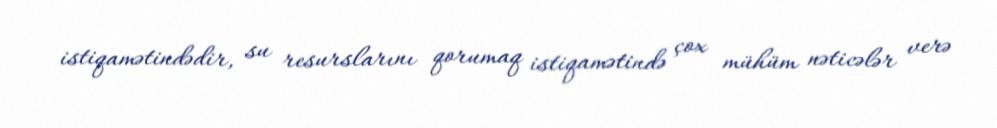
istiqamətindədir, su resurslarını qorumaq istiqamətində çox mühüm nəticələr verə